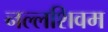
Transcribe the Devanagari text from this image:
नल्लशिवम